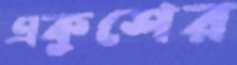
একুশের